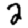
Digit: 2